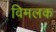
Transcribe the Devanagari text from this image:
विमलक